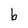
Character: b